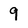
Character: 9